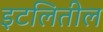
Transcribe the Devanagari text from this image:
इटलितील